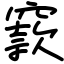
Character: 窾